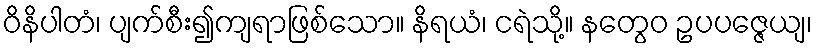
ဝိနိပါတံ၊ ပျက်စီး၍ကျရာဖြစ်သော။ နိရယံ၊ ငရဲသို့။ နတွေဝ ဥပပဇ္ဇေယျ၊